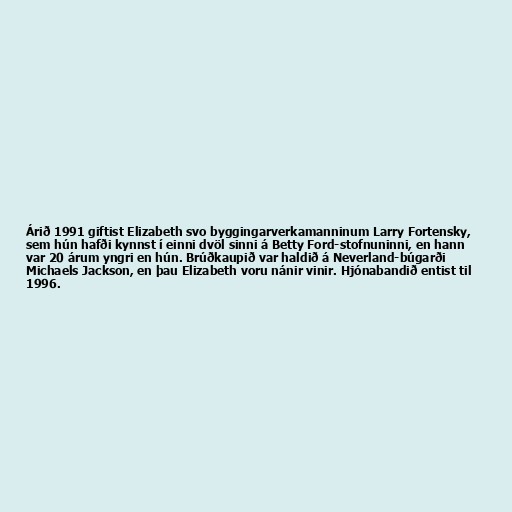
Árið 1991 giftist Elizabeth svo byggingarverkamanninum Larry Fortensky,
sem hún hafði kynnst í einni dvöl sinni á Betty Ford-stofnuninni, en hann
var 20 árum yngri en hún. Brúðkaupið var haldið á Neverland-búgarði
Michaels Jackson, en þau Elizabeth voru nánir vinir. Hjónabandið entist til
1996.